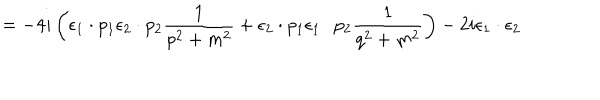
= - 4 i \left( { \epsilon } _ { 1 } \cdot p _ { 1 } { \epsilon } _ { 2 } \cdot p _ { 2 } \frac { 1 } { p ^ { 2 } + m ^ { 2 } } + { \epsilon } _ { 2 } \cdot p _ { 1 } { \epsilon } _ { 1 } \cdot p _ { 2 } \frac { 1 } { q ^ { 2 } + m ^ { 2 } } \right) - 2 i { \epsilon } _ { 1 } \cdot { \epsilon } _ { 2 }